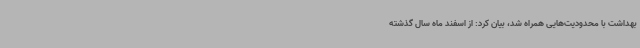
بهداشت با محدودیت‌هایی همراه شد، بیان کرد: از اسفند ماه سال گذشته